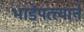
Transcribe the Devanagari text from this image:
भाडेपत्त्याने